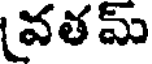
వతమ్